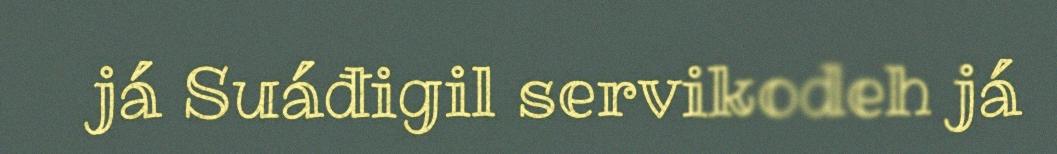
já Suáđigil servikodeh já